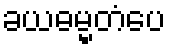
ခယဓမ္မတံပေ